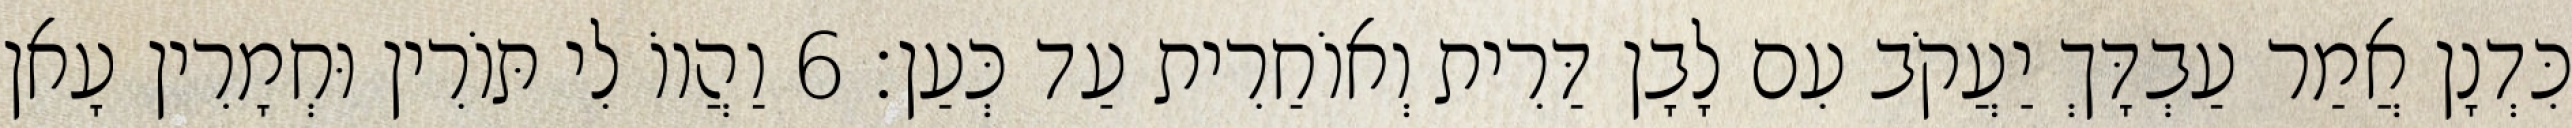
כִּדְנָן אֲמַר עַבְדָּךְ יַעֲקֹב עִם לָבָן דַּרִית וְאוֹחַרִית עַד כְּעַן׃ 6 וַהֲווֹ לִי תּוֹרִין וּחְמָרִין עָאן